Indian journal of veterinary science and animal husbandry - Volume 11,
Year: 1941
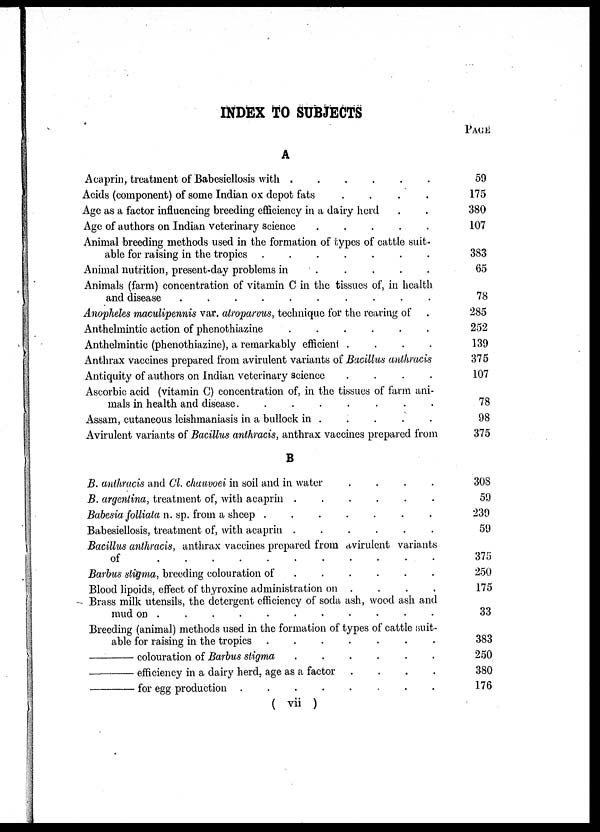
INDEX TO SUBJECTS
A
Acaprin, treatment of Babesiellosis with .
.
.
.
.
.
Acids (component) of some Indian ox depot fats
.
.
.
.
Age as a factor influencing breeding efficiency in a dairy herd . .
Age of authors on Indian veterinary science
.
.
.
.
.
Animal breeding methods used in the formation of types of cattle suit-
able for raising in the tropics .
.
.
.
.
.
.
Animal nutrition, present-day problems in
.
.
.
.
Animals (farm) concentration of vitamin C in the tissues of, in health
and disease . . . . . . . . . .
Anopheles maculipennis var. atroparvus, technique for the rearing of .
Anthelmintic action of phenothiazine
.
.
.
.
.
.
Anthelmintic (phenothiazine), a remarkably efficient .
.
.
.
Anthrax vaccines prepared from avirulent variants of Bacillus anthracis
Antiquity of authors on Indian veterinary science
.
.
.
.
Ascorbic acid (vitamin C) concentration of, in the tissues of farm ani-
mals in health and disease.
.
.
.
.
.
.
.
Assam, cutaneous leishmaniasis in a bullock in . . . . . . . .
Avirulent variants of Bacillus anthracis, anthrax vaccines prepared from
B
B. anthracis and Cl. chauvoei in soil and in water
.
.
.
.
B. argentina, treatment of, with acaprin .
.
.
.
.
.
Babesia folliata n. sp. from a sheep .
.
.
.
.
.
.
Babesiellosis, treatment of, with acaprin .
.
.
.
.
.
Bacillus anthracis, anthrax vaccines prepared from avirulent variants
of . . . . . . . . . .
Barbus stigma, breeding colouration of
.
.
.
.
.
Blood lipoids, effect of thyroxine administration on . . . . .
Brass milk utensils, the detergent efficiency of soda ash, wood ash and
mud on . . . . . . . . . .
Breeding (animal) methods used in the formation of types of cattle suit-
able for raising in the tropics .
.
.
.
.
.
.
—colouration
of Barbus stigma
.
.
.
.
.
.
—efficiency
in a dairy herd, age as a factor
.
.
.
.
—for
egg production . . . . . . . . . .
PAGE
59
175
380
107
383
65
78
285
252
139
375
107
78
98
375
308
59
239
59
375
250
175
33
383
250
380
176
( vii )